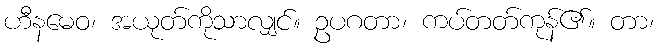
ဟီနမေဝ၊ အယုတ်ကိုသာလျှင်။ ဥပဂတာ၊ ကပ်တတ်ကုန်၏။ တာ၊